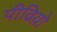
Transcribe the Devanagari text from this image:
पीढिय़ो